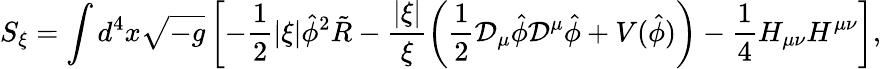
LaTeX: S_{\xi}=\int d^{4}x\sqrt{-g}\left[-{\frac{1}{2}}|\xi|\hat{\phi}^{2}\tilde{R}-\frac{|\xi|}{\xi}\left({\frac{1}{2}}{\cal D}_{\mu}\hat{\phi}{\cal D}^{\mu}\hat{\phi}+V(\hat{\phi})\right)-{\frac{1}{4}}H_{\mu\nu}H^{\mu\nu}\right],